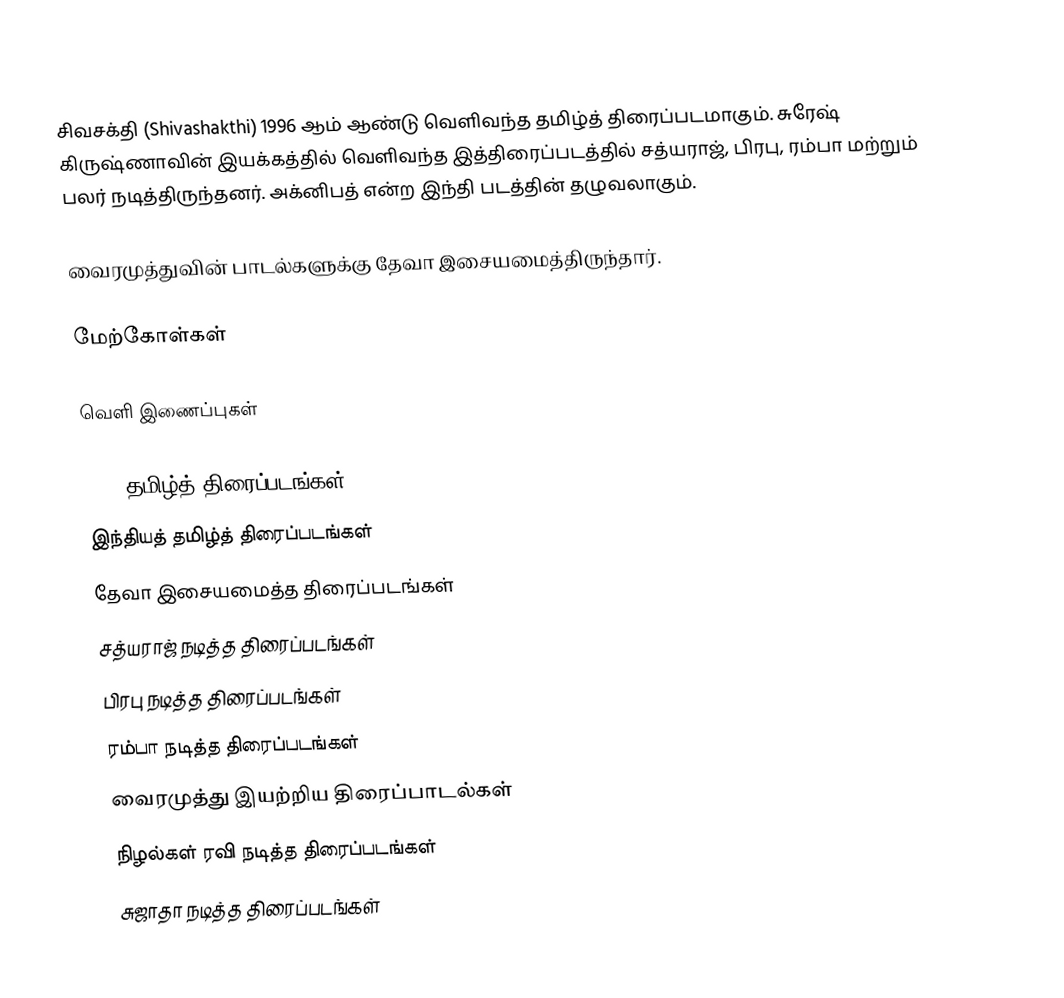
சிவசக்தி (Shivashakthi) 1996 ஆம் ஆண்டு வெளிவந்த தமிழ்த் திரைப்படமாகும். சுரேஷ் கிருஷ்ணாவின் இயக்கத்தில் வெளிவந்த இத்திரைப்படத்தில் சத்யராஜ், பிரபு, ரம்பா மற்றும் பலர் நடித்திருந்தனர். அக்னிபத் என்ற இந்தி படத்தின் தழுவலாகும்.

வைரமுத்துவின் பாடல்களுக்கு தேவா இசையமைத்திருந்தார்.

மேற்கோள்கள்

வெளி இணைப்புகள்

1996 தமிழ்த் திரைப்படங்கள்
இந்தியத் தமிழ்த் திரைப்படங்கள்
தேவா இசையமைத்த திரைப்படங்கள்
சத்யராஜ் நடித்த திரைப்படங்கள்
பிரபு நடித்த திரைப்படங்கள்
ரம்பா நடித்த திரைப்படங்கள்
வைரமுத்து இயற்றிய திரைப்பாடல்கள்
நிழல்கள் ரவி நடித்த திரைப்படங்கள்
சுஜாதா நடித்த திரைப்படங்கள்